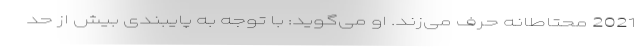
2021 محتاطانه حرف می‌زند. او می‌گوید: با توجه به پایبندی بیش از حد